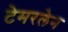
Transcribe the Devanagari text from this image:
टेमरलेन